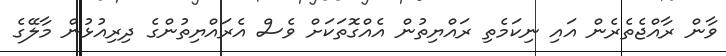
ވާން ރާއްޖެތެރެން އައި ނިކަމެތި ރައްޔިތުން އެއްގޮތަކަށް ވެސް އެރައްޔިތުންގެ ދިރިއުޅުން މާލޭގެ